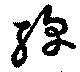
線